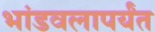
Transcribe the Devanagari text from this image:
भांडवलापर्यंत